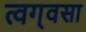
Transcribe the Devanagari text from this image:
त्वग्‌वसा